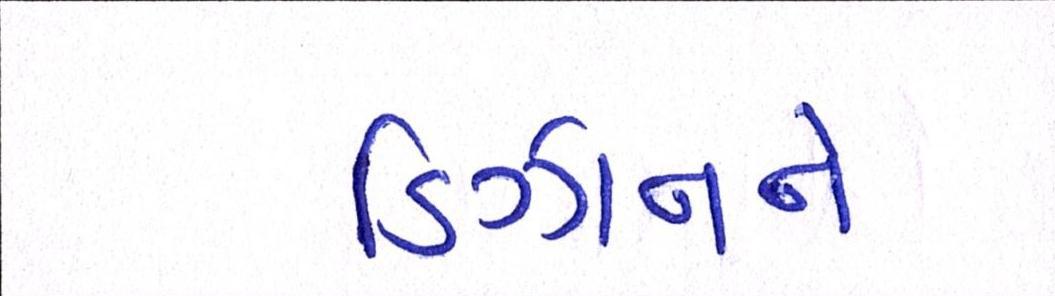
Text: ડિઝાઇનને